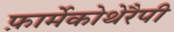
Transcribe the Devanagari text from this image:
फ़ार्मेकोथेरैपी